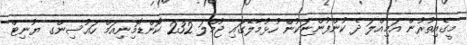
މީގެއިތުރުން އަމިއްލަ ދެ ކުންފުންޏަކުން ހުޅުމާލޭގައި ޖުމްލަ 232 ކޮންޑޮމިނިއަމް ހައުސިންގ ޔުނިޓް